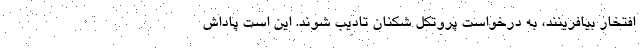
افتخار بیافرینند، به درخواست پروتکل شکنان تادیب شوند. این است پاداش